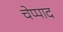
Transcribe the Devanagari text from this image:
चेप्पाद